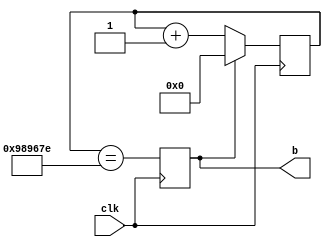
`timescale 1ns / 1ps
//////////////////////////////////////////////////////////////////////////////////
// Company: 
// Engineer: 
// 
// Design Name: 
// Module Name:    count 
// Project Name: 
// Target Devices: 
// Tool versions: 
// Description: 
//
// Dependencies: 
//
// Revision: 
// Revision 0.01 - File Created
// Additional Comments: 
//
//////////////////////////////////////////////////////////////////////////////////
module count (clk, b);
  input             clk;            // synthesis attribute PERIOD clk "50 MHz"
  reg        [25:0] count = 0;
  output reg        b = 0;   // one pulse per second

  always @ (posedge clk) begin
    b <= (count == 10000000 - 2);
    count <= b ? 0 : count + 1;
  end
endmodule